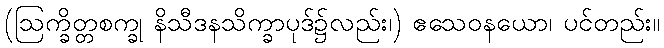
(ဩက္ခိတ္တစက္ခု နိသီဒနသိက္ခာပုဒ်၌လည်း၊) ဧသေဝနယော၊ ပင်တည်း။